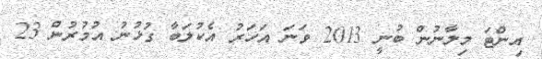
އިންޓަ މިލާނުން ބުނީ 2013 ވަނަ އަހަރު އެކުލަބާ ގުޅުނު އުމުރުން 23